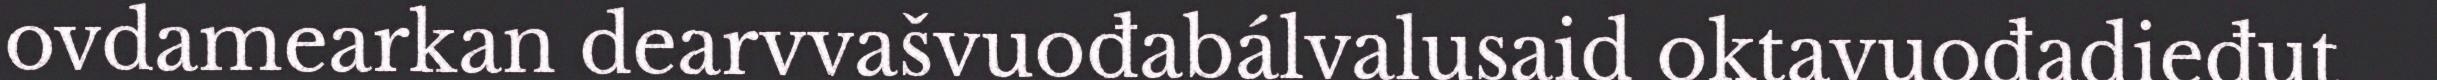
ovdamearkan dearvvašvuođabálvalusaid oktavuođadieđut